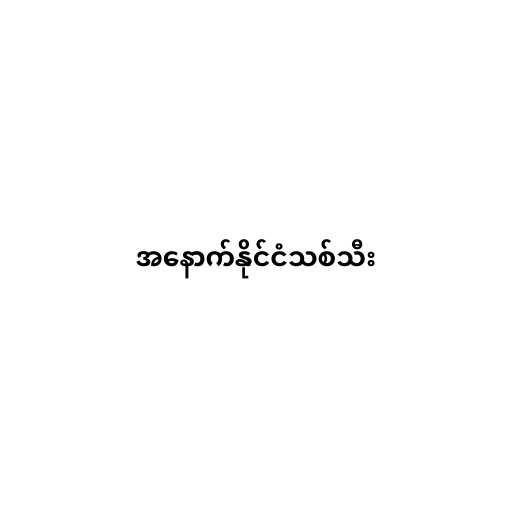
အနောက်နိုင်ငံသစ်သီး